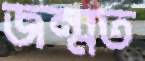
জন্মত